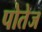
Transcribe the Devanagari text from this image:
पोतेज